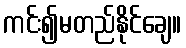
ကင်း၍မတည်နိုင်ချေ။